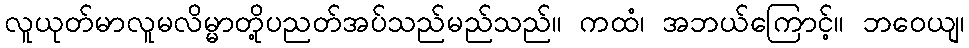
လူယုတ်မာလူမလိမ္မာတို့ပညတ်အပ်သည်မည်သည်။ ကထံ၊ အဘယ်ကြောင့်။ ဘဝေယျ၊